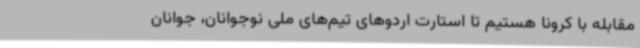
مقابله با کرونا هستیم تا استارت اردوهای تیم‌های ملی نوجوانان، جوانان